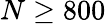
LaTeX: N\geq 800